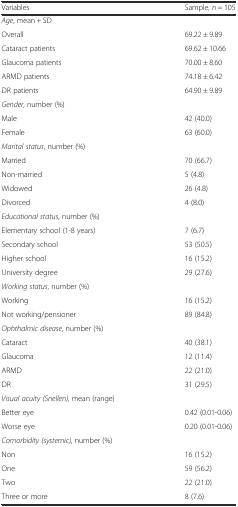
| Variables | Sample, n = 105 |
 | --- | --- |
 | Age, mean + SD |  |
 | Overall | 69.22 ± 9.89 |
 | Cataract patients | 69.62 ± 10.66 |
 | Glaucoma patients | 70.00 ± 8.60 |
 | ARMD patients | 74.18 ± 6.42 |
 | DR patients | 64.90 ± 9.89 |
 | Gender, number (%) |  |
 | Male | 42 (40.0) |
 | Female | 63 (60.0) |
 | Marital status, number (%) |  |
 | Married | 70 (66.7) |
 | Non-married | 5 (4.8) |
 | Widowed | 26 (4.8) |
 | Divorced | 4 (8.0) |
 | Educational status, number (%) |  |
 | Elementary school (1-8 years) | 7 (6.7) |
 | Secondary school | 53 (50.5) |
 | Higher school | 16 (15.2) |
 | University degree | 29 (27.6) |
 | Working status, number (%) |  |
 | Working | 16 (15.2) |
 | Not working/pensioner | 89 (84.8) |
 | Ophthalmic disease, number (%) |  |
 | Cataract | 40 (38.1) |
 | Glaucoma | 12 (11.4) |
 | ARMD | 22 (21.0) |
 | DR | 31 (29.5) |
 | Visual acuity (Snellen), mean (range) |  |
 | Better eye | 0.42 (0.01-0.06) |
 | Worse eye | 0.20 (0.01-0.06) |
 | Comorbidity (systemic), number (%) |  |
 | Non | 16 (15.2) |
 | One | 59 (56.2) |
 | Two | 22 (21.0) |
 | Three or more | 8 (7.6) |